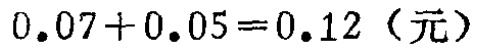
\(0.07 + 0.05 = 0.12\)（元）